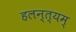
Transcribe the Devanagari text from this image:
हलन्त्यम्